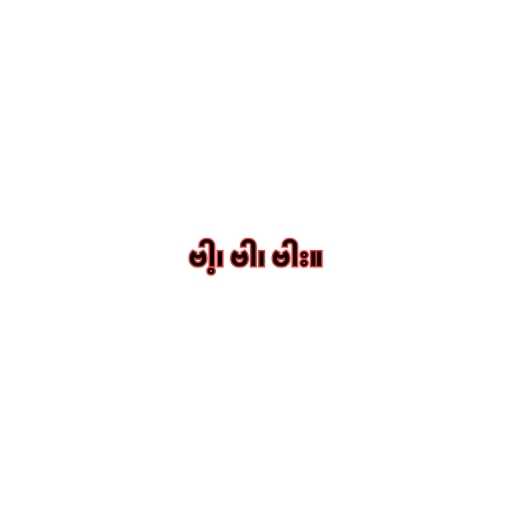
ဗါ့၊ ဗါ၊ ဗါး။